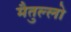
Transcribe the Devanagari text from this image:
मैतुल्लो